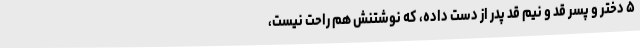
۵ دختر و پسر قد و نیم قدِ پدر از دست داده، که نوشتنش هم راحت نیست،